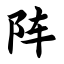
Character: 阵